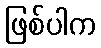
ဖြစ်ပါက